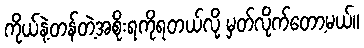
ကိုယ်နဲ့တန်တဲ့အစိုးရကိုရတယ်လို့ မှတ်လိုက်တော့မယ်။